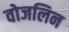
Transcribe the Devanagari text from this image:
वोजलिन